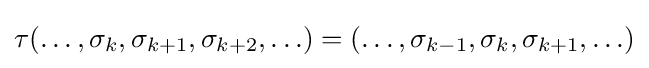
\tau (\ldots ,\sigma _{k},\sigma _{k+1},\sigma _{k+2},\ldots )=(\ldots ,\sigma _{k-1},\sigma _{k},\sigma _{k+1},\ldots )